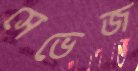
সেভেজ